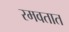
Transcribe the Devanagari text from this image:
रमवतात